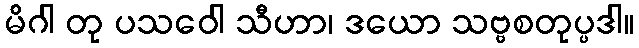
မိဂါ တု ပသဝေါ သီဟာ၊ ဒယော သဗ္ဗစတုပ္ပဒါ။